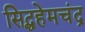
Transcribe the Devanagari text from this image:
सिद्धहेमचंद्र